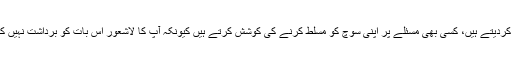
پھر آپ بجائے خود جوابدہ ہونے کے دوسروں پر تنقید کرنا شروع کردیتے ہیں، کسی بھی مسئلے پر اپنی سوچ کو مسلط کرنے کی کوشش کرتے ہیں کیونکہ آپ کا لاشعور اس بات کو برداشت نہیں کررہا ہوتا کہ اب کسی بھی عمل سے اجتماعی کامیابی ممکن ہوگی۔